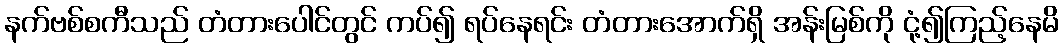
နက်ဗစ်စကီသည် တံတားပေါင်တွင် ကပ်၍ ရပ်နေရင်း တံတားအောက်ရှိ အန်းမြစ်ကို ငုံ့၍ကြည့်နေမိ